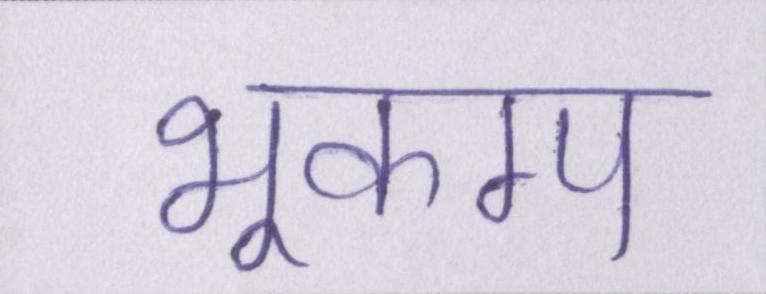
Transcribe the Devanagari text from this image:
भूकम्प